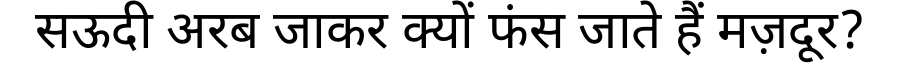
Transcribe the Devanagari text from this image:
सऊदी अरब जाकर क्यों फंस जाते हैं मज़दूर?